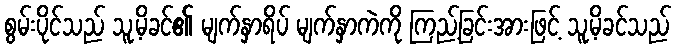
စွမ်းပိုင်သည် သူ့မိခင်၏ မျက်နှာရိပ် မျက်နှာကဲကို ကြည့်ခြင်းအားဖြင့် သူ့မိခင်သည်